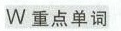
W重点单词